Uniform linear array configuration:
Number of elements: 24
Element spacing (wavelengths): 0.25
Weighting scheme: cosine
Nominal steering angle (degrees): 60
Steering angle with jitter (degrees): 60.244
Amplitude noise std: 0.05
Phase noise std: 0.05

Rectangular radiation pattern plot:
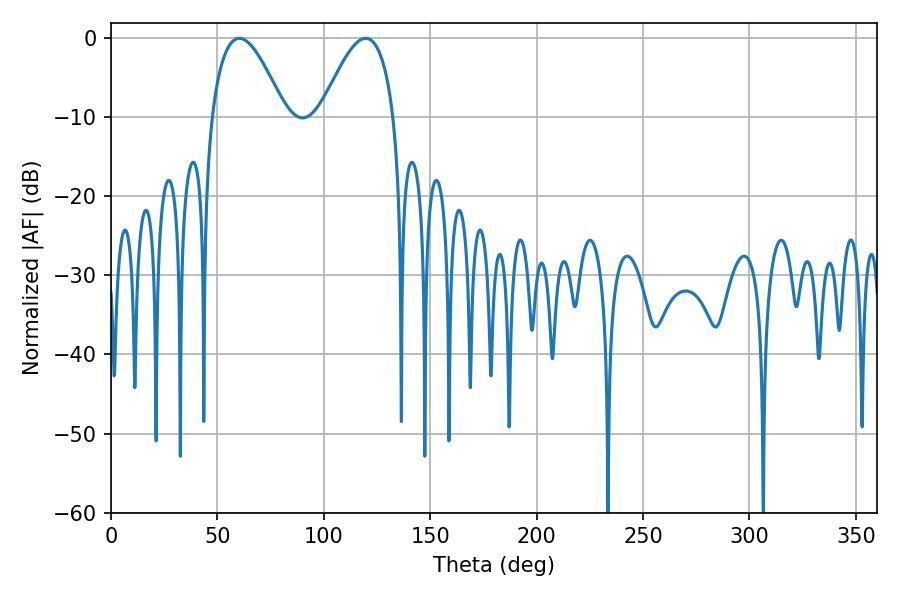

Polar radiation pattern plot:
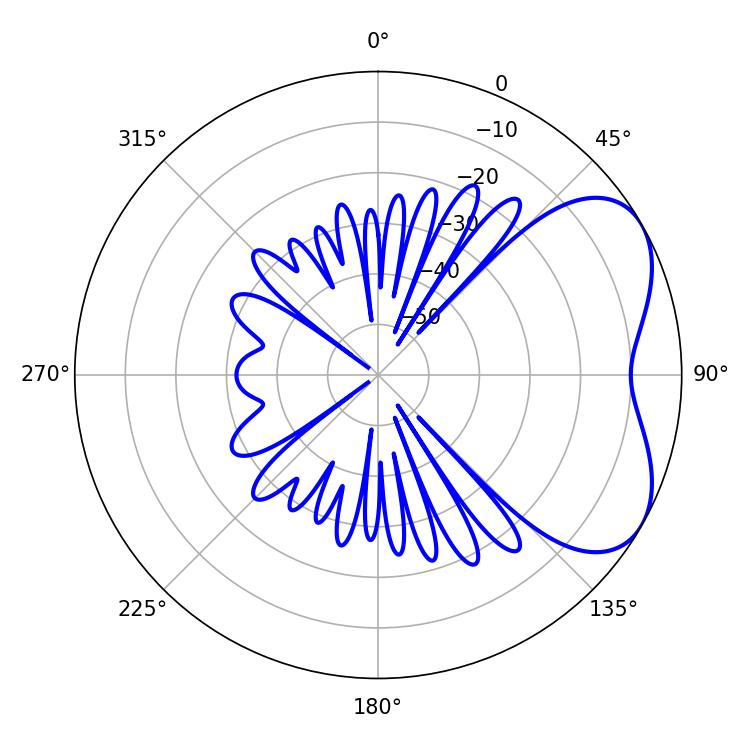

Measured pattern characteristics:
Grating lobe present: FALSE
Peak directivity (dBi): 4.919
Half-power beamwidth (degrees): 18.72
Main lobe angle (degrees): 60.3